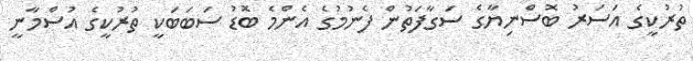
ތުރުކީގެ އަސަރު ބޮސްނިޔާގެ ސަގާފަތުން ފެނުމުގެ އެންމެ ބޮޑު ސަބަބަކީ ތުރުކީގެ އުސްމާނީ